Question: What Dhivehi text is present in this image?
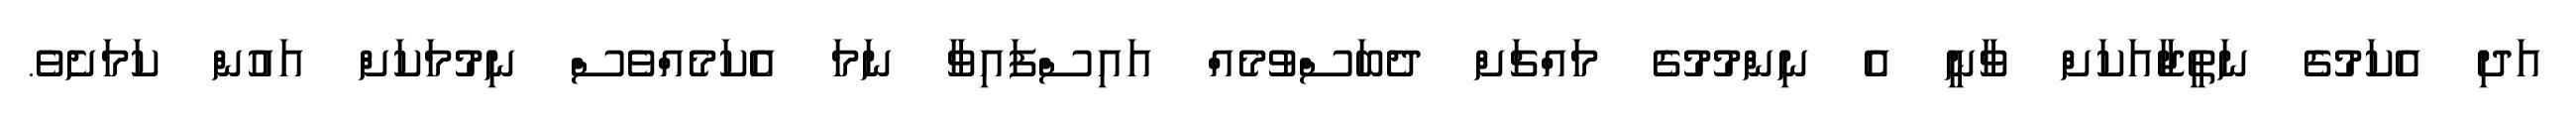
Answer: އަދި އެކަމުގެ ނަތީޖާއަކަށް ވާނީ އެ ނިންމުމުގެ މައްޗަށް ދެބަސްވުމެއް އައިސްފައިވާ ނަމަ އެކަމެއްވެސް ނިމުމަކަށް އައުން ކަމަށެވެ.